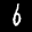
Label: 6